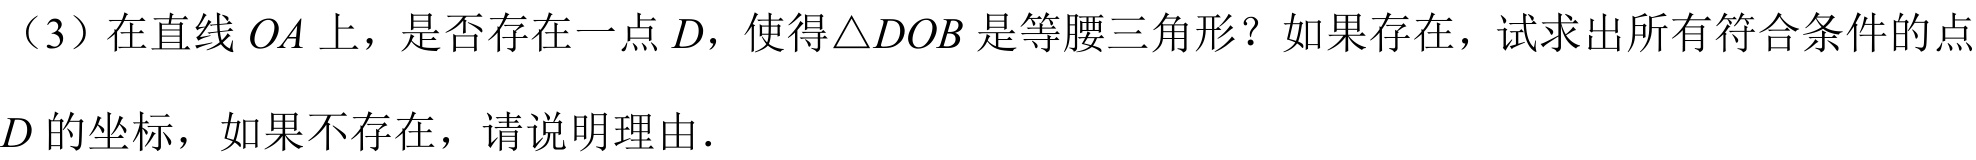
（3）在直线\(OA\)上，是否存在一点\(D\)，使得\(\triangle DOB\)是等腰三角形？如果存在，试求出所有符合条件的点\(D\)的坐标，如果不存在，请说明理由.